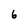
Character: 6